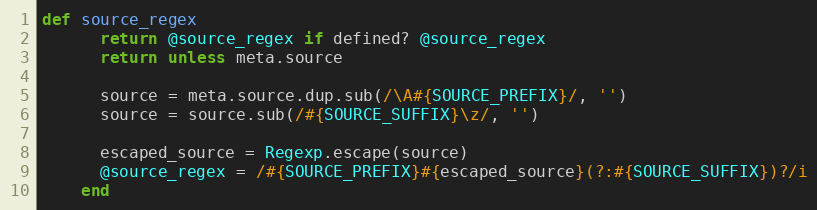
Language: Ruby
def source_regex
      return @source_regex if defined? @source_regex
      return unless meta.source

      source = meta.source.dup.sub(/\A#{SOURCE_PREFIX}/, '')
      source = source.sub(/#{SOURCE_SUFFIX}\z/, '')

      escaped_source = Regexp.escape(source)
      @source_regex = /#{SOURCE_PREFIX}#{escaped_source}(?:#{SOURCE_SUFFIX})?/i
    end